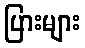
ပြားများ